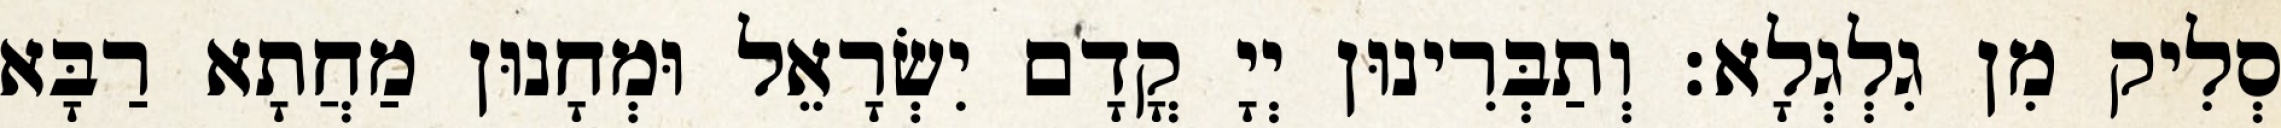
סְלִיק מִן גִלְגְלָא׃ וְתַבְּרִינוּן יְיָ קֳדָם יִשְׂרָאֵל וּמְחָנוּן מַחֲתָא רַבָּא